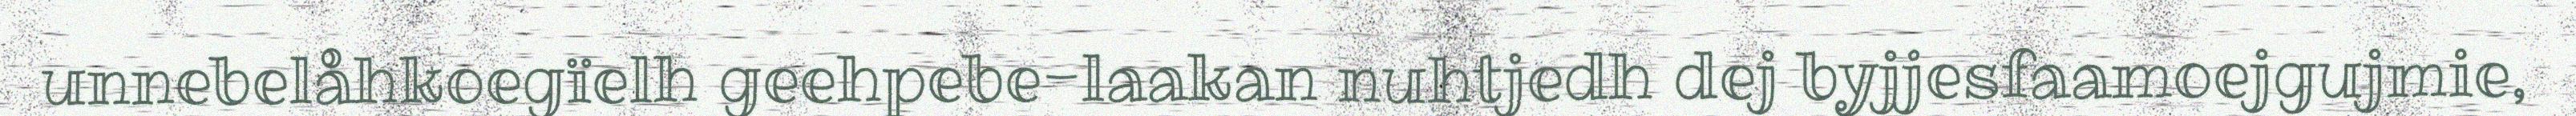
unnebelåhkoegïelh geehpebe-laakan nuhtjedh dej byjjesfaamoejgujmie,